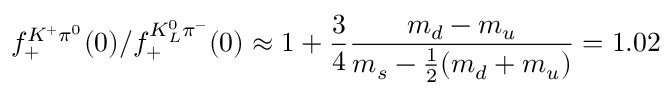
f _ { + } ^ { K ^ { + } \pi ^ { 0 } } ( 0 ) / f _ { + } ^ { K _ { L } ^ { 0 } \pi ^ { - } } ( 0 ) \approx 1 + { \frac { 3 } { 4 } } { \frac { m _ { d } - m _ { u } } { m _ { s } - { \frac { 1 } { 2 } } ( m _ { d } + m _ { u } ) } } = 1 . 0 2